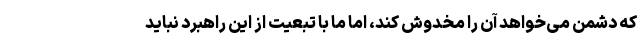
که دشمن می‌خواهد آن را مخدوش کند، اما ما با تبعیت از این راهبرد نباید